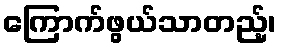
ကြောက်ဖွယ်သာတည့်၊